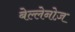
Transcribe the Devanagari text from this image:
बेल्लेनोज़